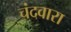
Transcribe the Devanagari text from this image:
चंदवारा